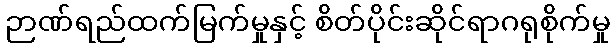
ဉာဏ်ရည်ထက်မြက်မှုနှင့် စိတ်ပိုင်းဆိုင်ရာဂရုစိုက်မှု